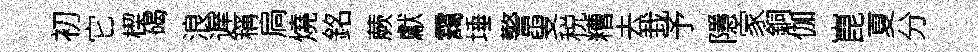
初它楔碣浪遅稱扃燒銘蕨獻靄埵警叟税糟去㘽予隱家銅伽崑夏分